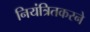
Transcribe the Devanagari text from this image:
नियंत्रितकरने